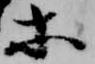
等